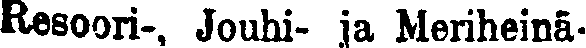
Resoori-, Jouhi- ja Meriheinä-